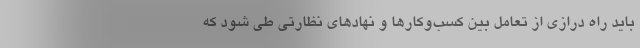
باید راه درازی از تعامل بین کسب‌وکارها و نهادهای نظارتی طی شود که